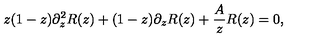
z ( 1 - z ) \partial _ { z } ^ { 2 } R ( z ) + ( 1 - z ) \partial _ { z } R ( z ) + \frac { A } { z } R ( z ) = 0 ,